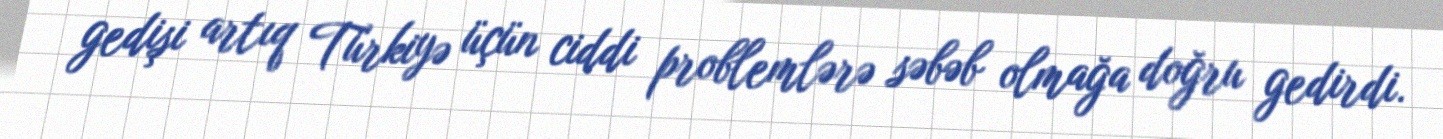
gedişi artıq Türkiyə üçün ciddi problemlərə səbəb olmağa doğru gedirdi.